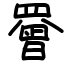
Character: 罾